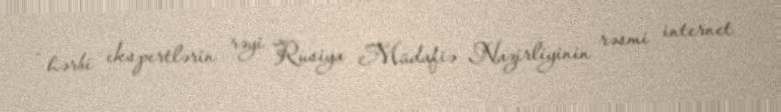
- hərbi ekspertlərin rəyi Rusiya Müdafiə Nazirliyinin rəsmi internet